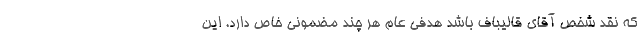
که نقد شخص آقای قالیباف باشد هدفی عام هر چند مضمونی خاص دارد. این